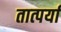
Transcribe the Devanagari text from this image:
तात्पर्या